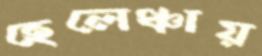
হেলেঞ্চায়